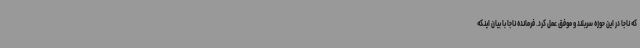
که ناجا در این حوزه سربلند و موفق عمل کرد. فرمانده ناجا با بیان اینکه